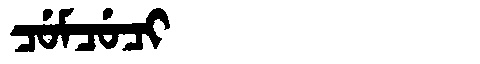
Manchu: ᠴᡠᠮᠴᡠᠴᡳ
Romanization: CUMCUCI